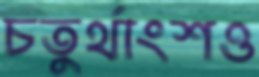
চতুর্থাংশও